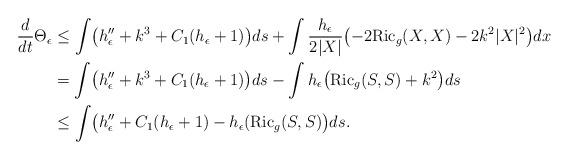
LaTeX: \begin{align*}\frac{d}{dt} \Theta_\epsilon & \le \int\bigl( h_\epsilon''+k^3+C_1(h_\epsilon+1)\bigr)ds+\int\frac{h_\epsilon}{2|X|}\bigl(-2{\rm Ric}_g(X,X)-2k^2|X|^2\bigr)dx \\&=\int \bigl(h_\epsilon''+k^3+C_1(h_\epsilon+1)\bigr)ds-\int h_\epsilon\bigl({\rm Ric}_g(S,S)+k^2\bigr)ds\\& \le \int\bigl(h_\epsilon''+C_1(h_\epsilon+1)-h_\epsilon({\rm Ric}_g(S,S)\bigr)ds.\end{align*}